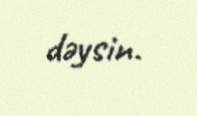
dəysin.